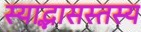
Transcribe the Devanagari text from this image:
स्याद्भासस्तस्य